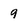
Character: 9